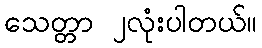
သေတ္တာ ၂လုံးပါတယ်။